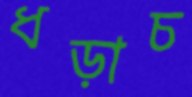
ধড়াচ